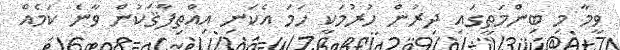
ވީމާ މި ބިންމަތީގައި ދިރުން ހުރުމަކީ ހަމަ އެކަނި އިއްތިފާޤަކުން ވާނެ ކަމެއް